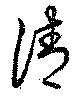
淸